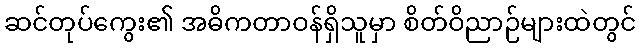
ဆင်တုပ်ကွေး၏ အဓိကတာဝန်ရှိသူမှာ စိတ်ဝိညာဉ်များထဲတွင်